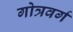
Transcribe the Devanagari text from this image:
गोत्रवर्ग